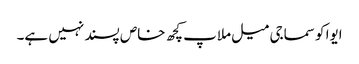
ایوا کو سماجی میل ملاپ کچھ خاص پسند نہیں ہے۔